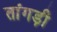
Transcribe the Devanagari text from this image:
तांगड़ी